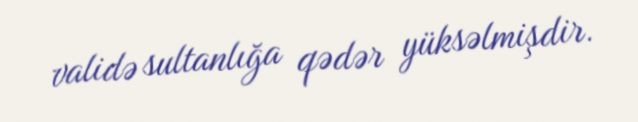
validə sultanlığa qədər yüksəlmişdir.